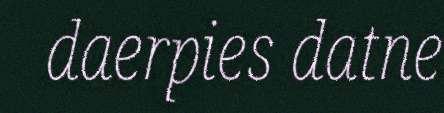
daerpies datne